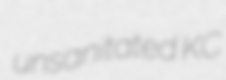
unsanitated KC